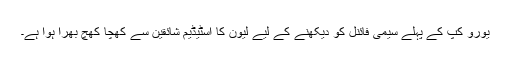
یورو کپ کے پہلے سیمی فائنل کو دیکھنے کے لیے لیون کا اسٹیڈیم شائقین سے کھچا کھچ بھرا ہوا ہے۔